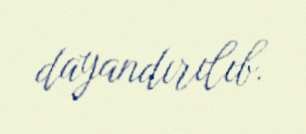
dayandırılıb.